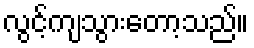
လွင့်ကျသွားတော့သည်။